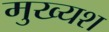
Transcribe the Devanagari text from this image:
मुख्यश